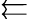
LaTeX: \leftleftarrows